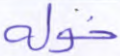
خوله